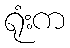
ရုံးက